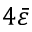
4 \bar { \varepsilon }